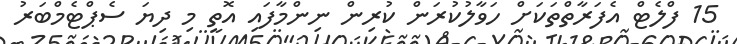
15 ފްލެޓް އެފަރާތްތަކަށް ހަވާލުކުރަން ކުރިން ނިންމާފައި އޮތީ މި ދިޔަ ސެޕްޓެމްބަރު